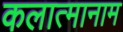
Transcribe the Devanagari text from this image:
कलात्मानाम